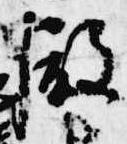
殿